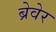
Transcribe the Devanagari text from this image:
ब्रेवेर